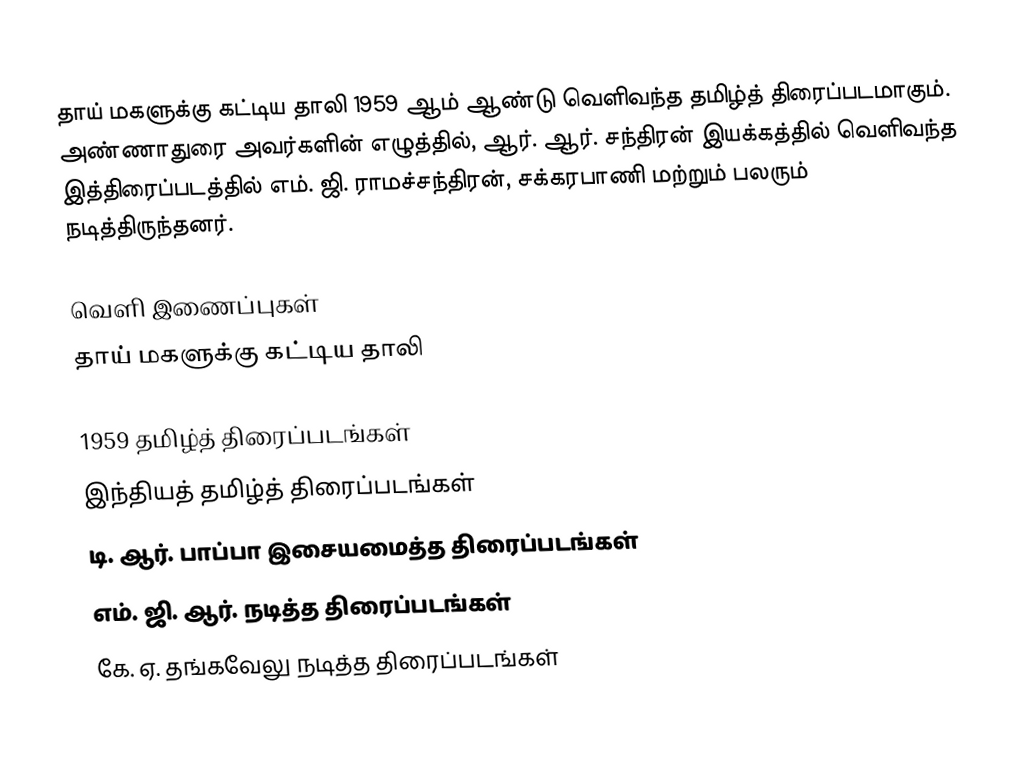
தாய் மகளுக்கு கட்டிய தாலி 1959 ஆம் ஆண்டு வெளிவந்த தமிழ்த் திரைப்படமாகும். அண்ணாதுரை அவர்களின் எழுத்தில், ஆர். ஆர். சந்திரன் இயக்கத்தில் வெளிவந்த இத்திரைப்படத்தில் எம். ஜி. ராமச்சந்திரன், சக்கரபாணி மற்றும் பலரும் நடித்திருந்தனர்.

வெளி இணைப்புகள்
 தாய் மகளுக்கு கட்டிய தாலி

1959 தமிழ்த் திரைப்படங்கள்
இந்தியத் தமிழ்த் திரைப்படங்கள்
டி. ஆர். பாப்பா இசையமைத்த திரைப்படங்கள்
எம். ஜி. ஆர். நடித்த திரைப்படங்கள்
கே. ஏ. தங்கவேலு நடித்த திரைப்படங்கள்